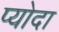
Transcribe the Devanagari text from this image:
प्योदा